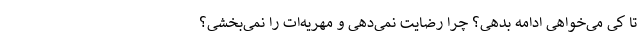
تا کی می‌خواهی ادامه بدهی؟ ‌چرا رضایت نمی‌دهی و مهریه‌ات را نمی‌بخشی؟